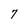
Character: 7